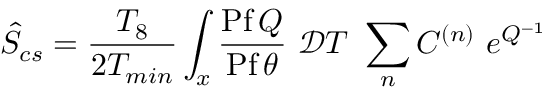
\hat { S } _ { c s } = \frac { T _ { 8 } } { 2 T _ { m i n } } \int _ { x } \frac { \mathrm { P f } \, Q } { \mathrm { P f } \, \theta } ~ { \mathcal { D } } T ~ \sum _ { n } C ^ { ( n ) } ~ e ^ { Q ^ { - 1 } }